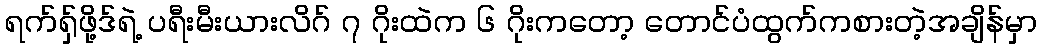
ရက်ရှ်ဖို့ဒ်ရဲ့ ပရီးမီးယားလိဂ် ၇ ဂိုးထဲက ၆ ဂိုးကတော့ တောင်ပံထွက်ကစားတဲ့အချိန်မှာ